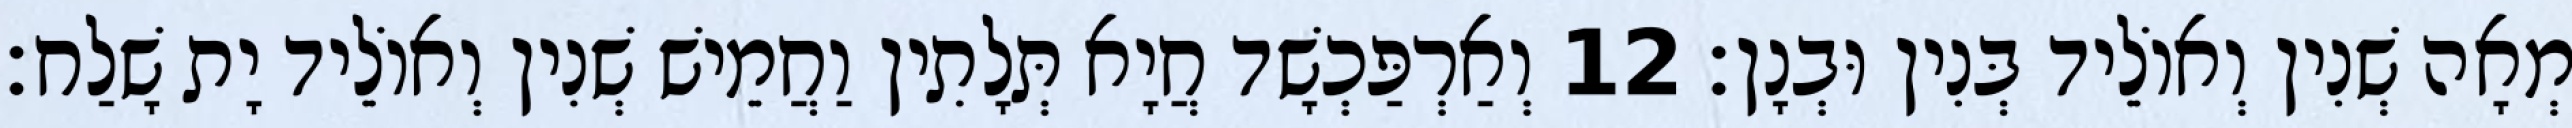
מְאָה שְׁנִין וְאוֹלֵיד בְּנִין וּבְנָן׃ 12 וְאַרְפַּכְשָׁד חֲיָא תְּלָתִין וַחֲמֵישׁ שְׁנִין וְאוֹלֵיד יָת שָׁלַח׃